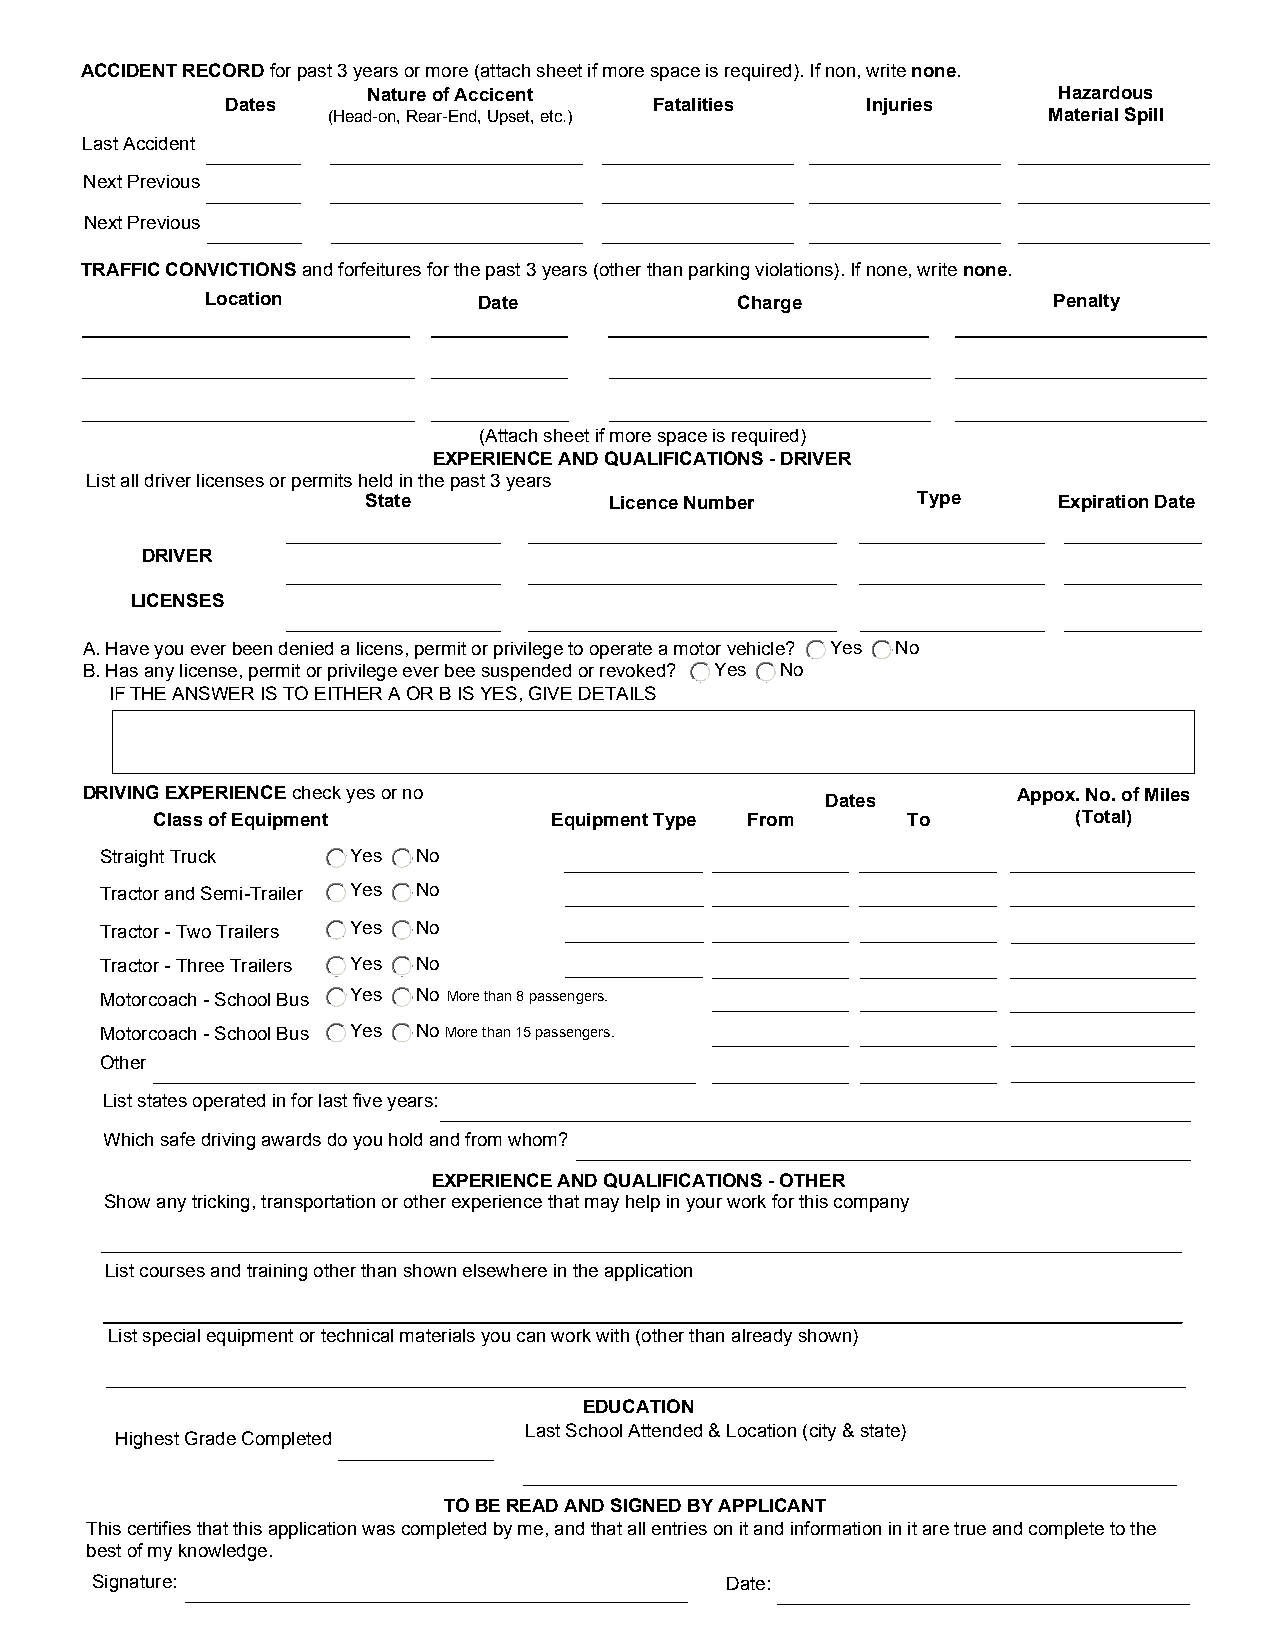
ACCIDENT RECORD for past 3 years or more (attach sheet if more space is required). If non, write none.
 Nature of Accicent                            Hazardous
 Dates                       Fatalities    Injuries
 (Head-on, Rear-End, Upset, etc.)               Material Spill
 Last Accident
 Next Previous
 Next Previous
 TRAFFIC CONVICTIONS and forfeitures for the past 3 years (other than parking violations). If none, write none.
 Location          Date             Charge               Penalty
 (Attach sheet if more space is required)
 EXPERIENCE AND QUALIFICATIONS - DRIVER
 List all driver licenses or permits held in the past 3 years
 State           Licence Number       Type     Expiration Date
 DRIVER
 LICENSES
 A. Have you ever been denied a licens, permit or privilege to operate a motor vehicle? Yes No
 B. Has any license, permit or privilege ever bee suspended or revoked? Yes No
 IF THE ANSWER IS TO EITHER A OR B IS YES, GIVE DETAILS
 DRIVING EXPERIENCE check yes or no                Dates       Appox. No. of Miles
 Class of Equipment        Equipment Type From     To         (Total)
 Straight Truck  Yes  No
 Tractor and Semi-Trailer Yes No
 Tractor - Two Trailers Yes No
 Tractor - Three Trailers Yes No
 Motorcoach - School Bus Yes No More than 8 passengers.
 Motorcoach - School Bus Yes NoMore than 15 passengers.
 Other
 List states operated in for last five years:
 Which safe driving awards do you hold and from whom?
 EXPERIENCE AND QUALIFICATIONS - OTHER
 Show any tricking, transportation or other experience that may help in your work for this company
 List courses and training other than shown elsewhere in the application
 List special equipment or technical materials you can work with (other than already shown)
 EDUCATION
 Last School Attended & Location (city & state)
 Highest Grade Completed
 TO BE READ AND SIGNED BY APPLICANT
 This certifies that this application was completed by me, and that all entries on it and information in it are true and complete to the
 best of my knowledge.
 Signature:                                Date: